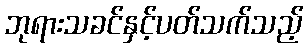
ဘုရားသခင်နှင့်ပတ်သက်သည့်